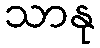
သာနု